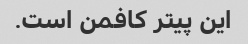
این پیتر کافمن است.